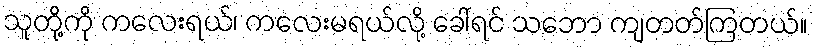
သူတို့ကို ကလေးရယ်၊ ကလေးမရယ်လို့ ခေါ်ရင် သဘော ကျတတ်ကြတယ်။